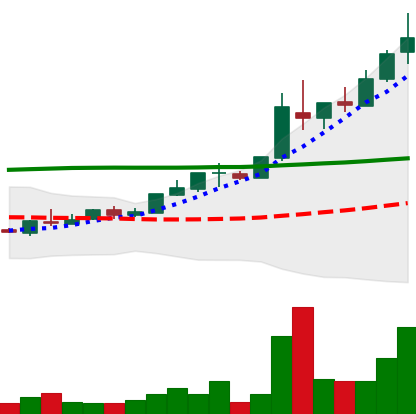
Ticker: TRX-USD
Chart end date: 2018-04-30
Forward return: -7.118%
Label: down_7plus